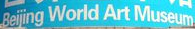
Beijing World Art Museum